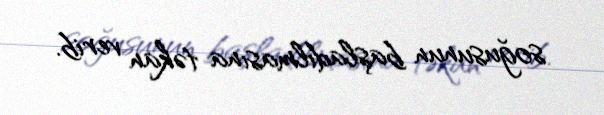
soğusunun başladılmasına təkan verib.